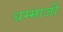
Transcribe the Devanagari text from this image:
धम्माजी